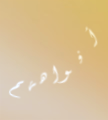
أفواههم